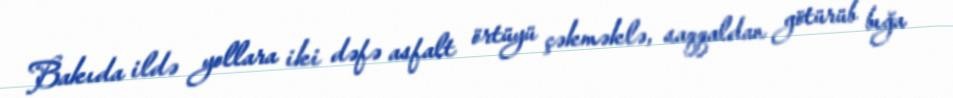
Bakıda ildə yollara iki dəfə asfalt örtüyü çəkməklə, saqqaldan götürüb bığa